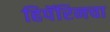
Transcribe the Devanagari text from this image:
हिपॅरिनचा